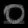
Digit: ၀